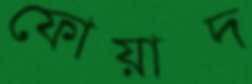
ফোয়াদ